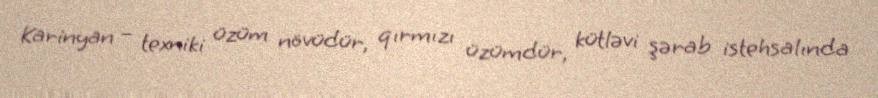
Karinyan – texniki üzüm növüdür, qırmızı üzümdür, kütləvi şərab istehsalında